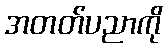
အတတ်ပညာကို